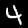
Label: 4